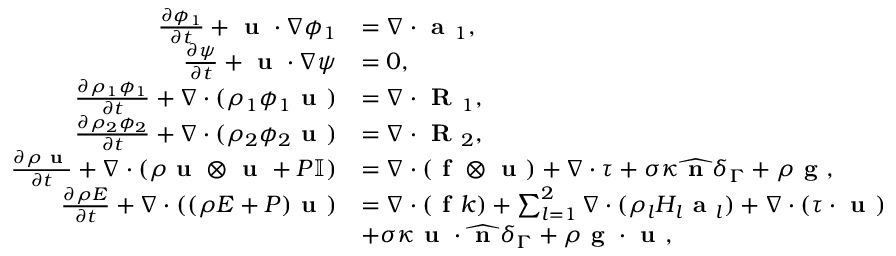
\begin{array} { r l } { \frac { \partial \phi _ { 1 } } { \partial t } + \textbf { u } \cdot \nabla \phi _ { 1 } } & { = \nabla \cdot \textbf { a } _ { 1 } , } \\ { \frac { \partial \psi } { \partial t } + \textbf { u } \cdot \nabla \psi } & { = 0 , } \\ { \frac { \partial \rho _ { 1 } \phi _ { 1 } } { \partial t } + \nabla \cdot ( \rho _ { 1 } \phi _ { 1 } \textbf { u } ) } & { = \nabla \cdot \textbf { R } _ { 1 } , } \\ { \frac { \partial \rho _ { 2 } \phi _ { 2 } } { \partial t } + \nabla \cdot ( \rho _ { 2 } \phi _ { 2 } \textbf { u } ) } & { = \nabla \cdot \textbf { R } _ { 2 } , } \\ { \frac { \partial \rho \textbf { u } } { \partial t } + \nabla \cdot ( \rho \textbf { u } \otimes \textbf { u } + P \mathbb { I } ) } & { = \nabla \cdot ( \textbf { f } \otimes \textbf { u } ) + \nabla \cdot \boldsymbol { \tau } + \sigma \kappa \widehat { \textbf { n } } \delta _ { \Gamma } + \rho \textbf { g } , } \\ { \frac { \partial \rho E } { \partial t } + \nabla \cdot ( ( \rho E + P ) \textbf { u } ) } & { = \nabla \cdot ( \textbf { f } k ) + \sum _ { l = 1 } ^ { 2 } \nabla \cdot ( \rho _ { l } H _ { l } \textbf { a } _ { l } ) + \nabla \cdot ( \boldsymbol { \tau } \cdot \textbf { u } ) } \\ & { + \sigma \kappa \textbf { u } \cdot \widehat { \textbf { n } } \delta _ { \Gamma } + \rho \textbf { g } \cdot \textbf { u } , } \end{array}